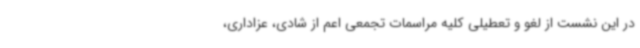
در این نشست از لغو و تعطیلی کلیه مراسمات تجمعی اعم از شادی، عزاداری،